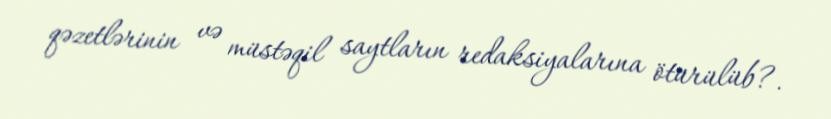
qəzetlərinin və müstəqil saytların redaksiyalarına ötürülüb?.